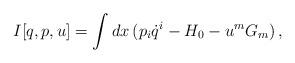
LaTeX: \begin{align*}I[q,p,u]=\int dx\,(p_i \dot q^i-H_0-u^m G_m)\, ,\end{align*}